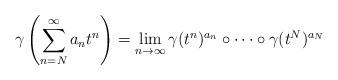
LaTeX: \begin{align*}\gamma\left(\sum_{n=N}^\infty a_nt^n\right)=\lim_{n\to\infty}\gamma(t^n)^{a_n}\circ\cdots\circ \gamma(t^N)^{a_N}\end{align*}